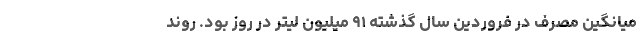
میانگین مصرف در فروردین سال گذشته ۹۱ میلیون لیتر در روز بود. روند